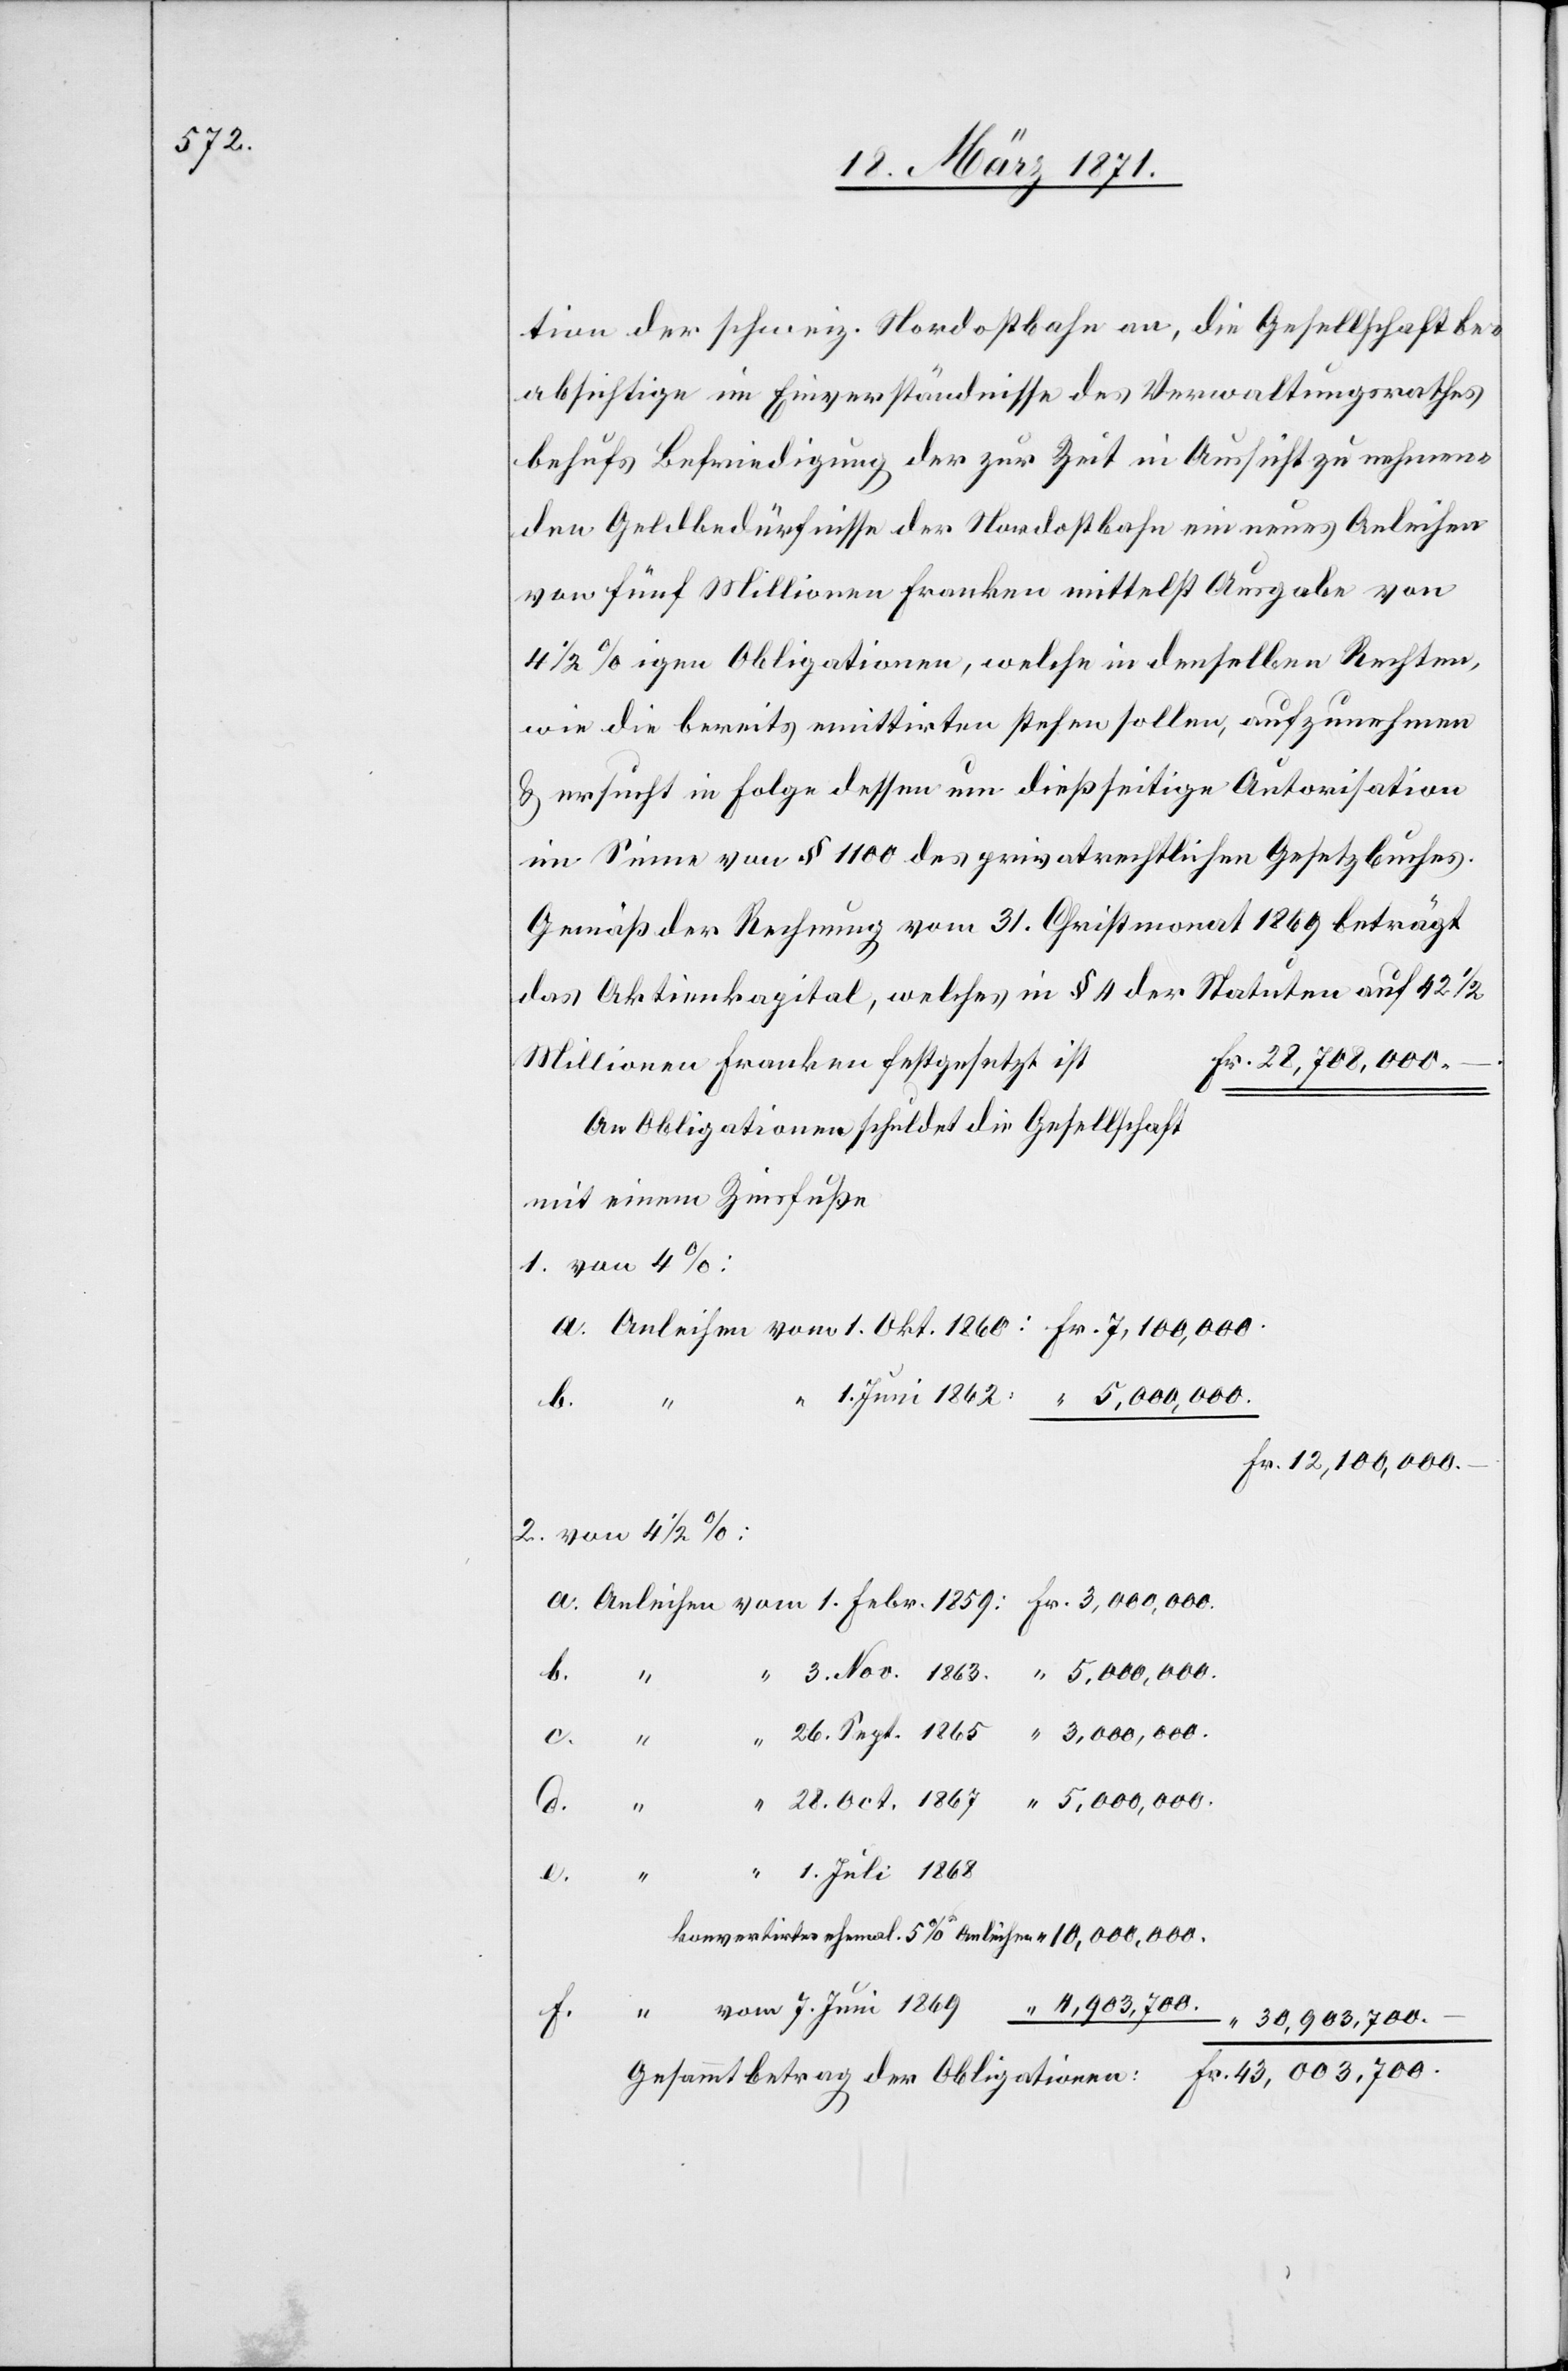
tion der schweiz. Nordostbahn an, die Gesellschaft be¬
absichtige im Einverständnisse des Verwaltungsrathes
behufs Befriedigung der zur Zeit in Aussicht zu nehmen¬
den Geldbedürfnisse der Nordostbahn ein neues Anleihen
von fünf Millionen Franken mittelst Ausgabe von
4 1/2%igen Obligationen, welche in denselben Rechten,
wie die bereits emittirten stehen sollen, aufzunehmen
u. ersucht in Folge dessen um dießseitige Autorisation
im Sinne von § 1100 des privatrechtlichen Gesetzbuches.
Gemäß der Rechnung vom 31. Christmonat 1869 beträgt
das Aktienkapital, welches in § 4 der Statuten auf 42 1/2
Millionen Franken festgesetzt
Fr. 43,003,700.
An Obligationen schuldet die Gesellschaft
mit einem Zinsfuße
7. Juni 1869 “ 4,903,700.
Fr. 3,000,000.
3. Nov. 1863. “ 5,000,000.
26. Sept. 1865. “ 3,000,000.
2.
d.
28. Oct. 1867 . “ 5,000,000.
der
1.
1. Juli 1868
b.
konvertirtes ehemal. 5% Anleihen “10,000,000.
f.